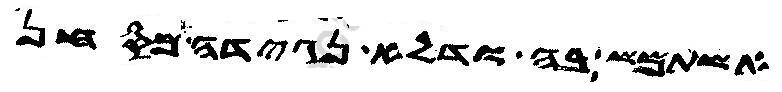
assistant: אשתמש בה ודלא נגידה מסחן